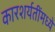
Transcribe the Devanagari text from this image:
कारशर्यतींमध्ये